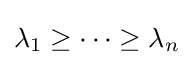
\lambda _{1}\geq \dots \geq \lambda _{n}